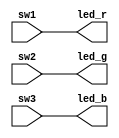
`timescale 1ns / 1ps
////////////////////////////////////////////////////////////
//control de led, muestra en la FPGA el mismo color que en pantalla
module control_leds_rgb(
    input sw1, sw2,sw3,
    output led_r, led_g, led_b
    );
    
    assign led_r=sw1;
    assign led_g=sw2;
    assign led_b=sw3;
    
endmodule